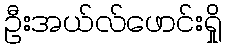
ဦးအယ်လ်ဖောင်းရှို